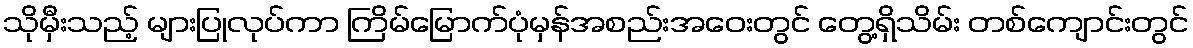
သိုမှီးသည့် များပြုလုပ်ကာ ကြိမ်မြောက်ပုံမှန်အစည်းအဝေးတွင် တွေ့ရှိသိမ်း တစ်ကျောင်းတွင်